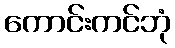
ကောင်းကင်ဘုံ